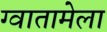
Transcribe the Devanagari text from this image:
ग्वातामेला